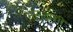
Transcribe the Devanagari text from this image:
भानुदासीं